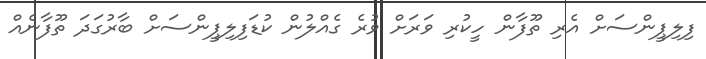
ފިލިޕީންސަށް އެރި ތޫފާން ހީކުރި ވަރަށް ވުރެ ގެއްލުން ކުޑަފިލިޕީންސަށް ބާރުގަދަ ތޫފާނެއް